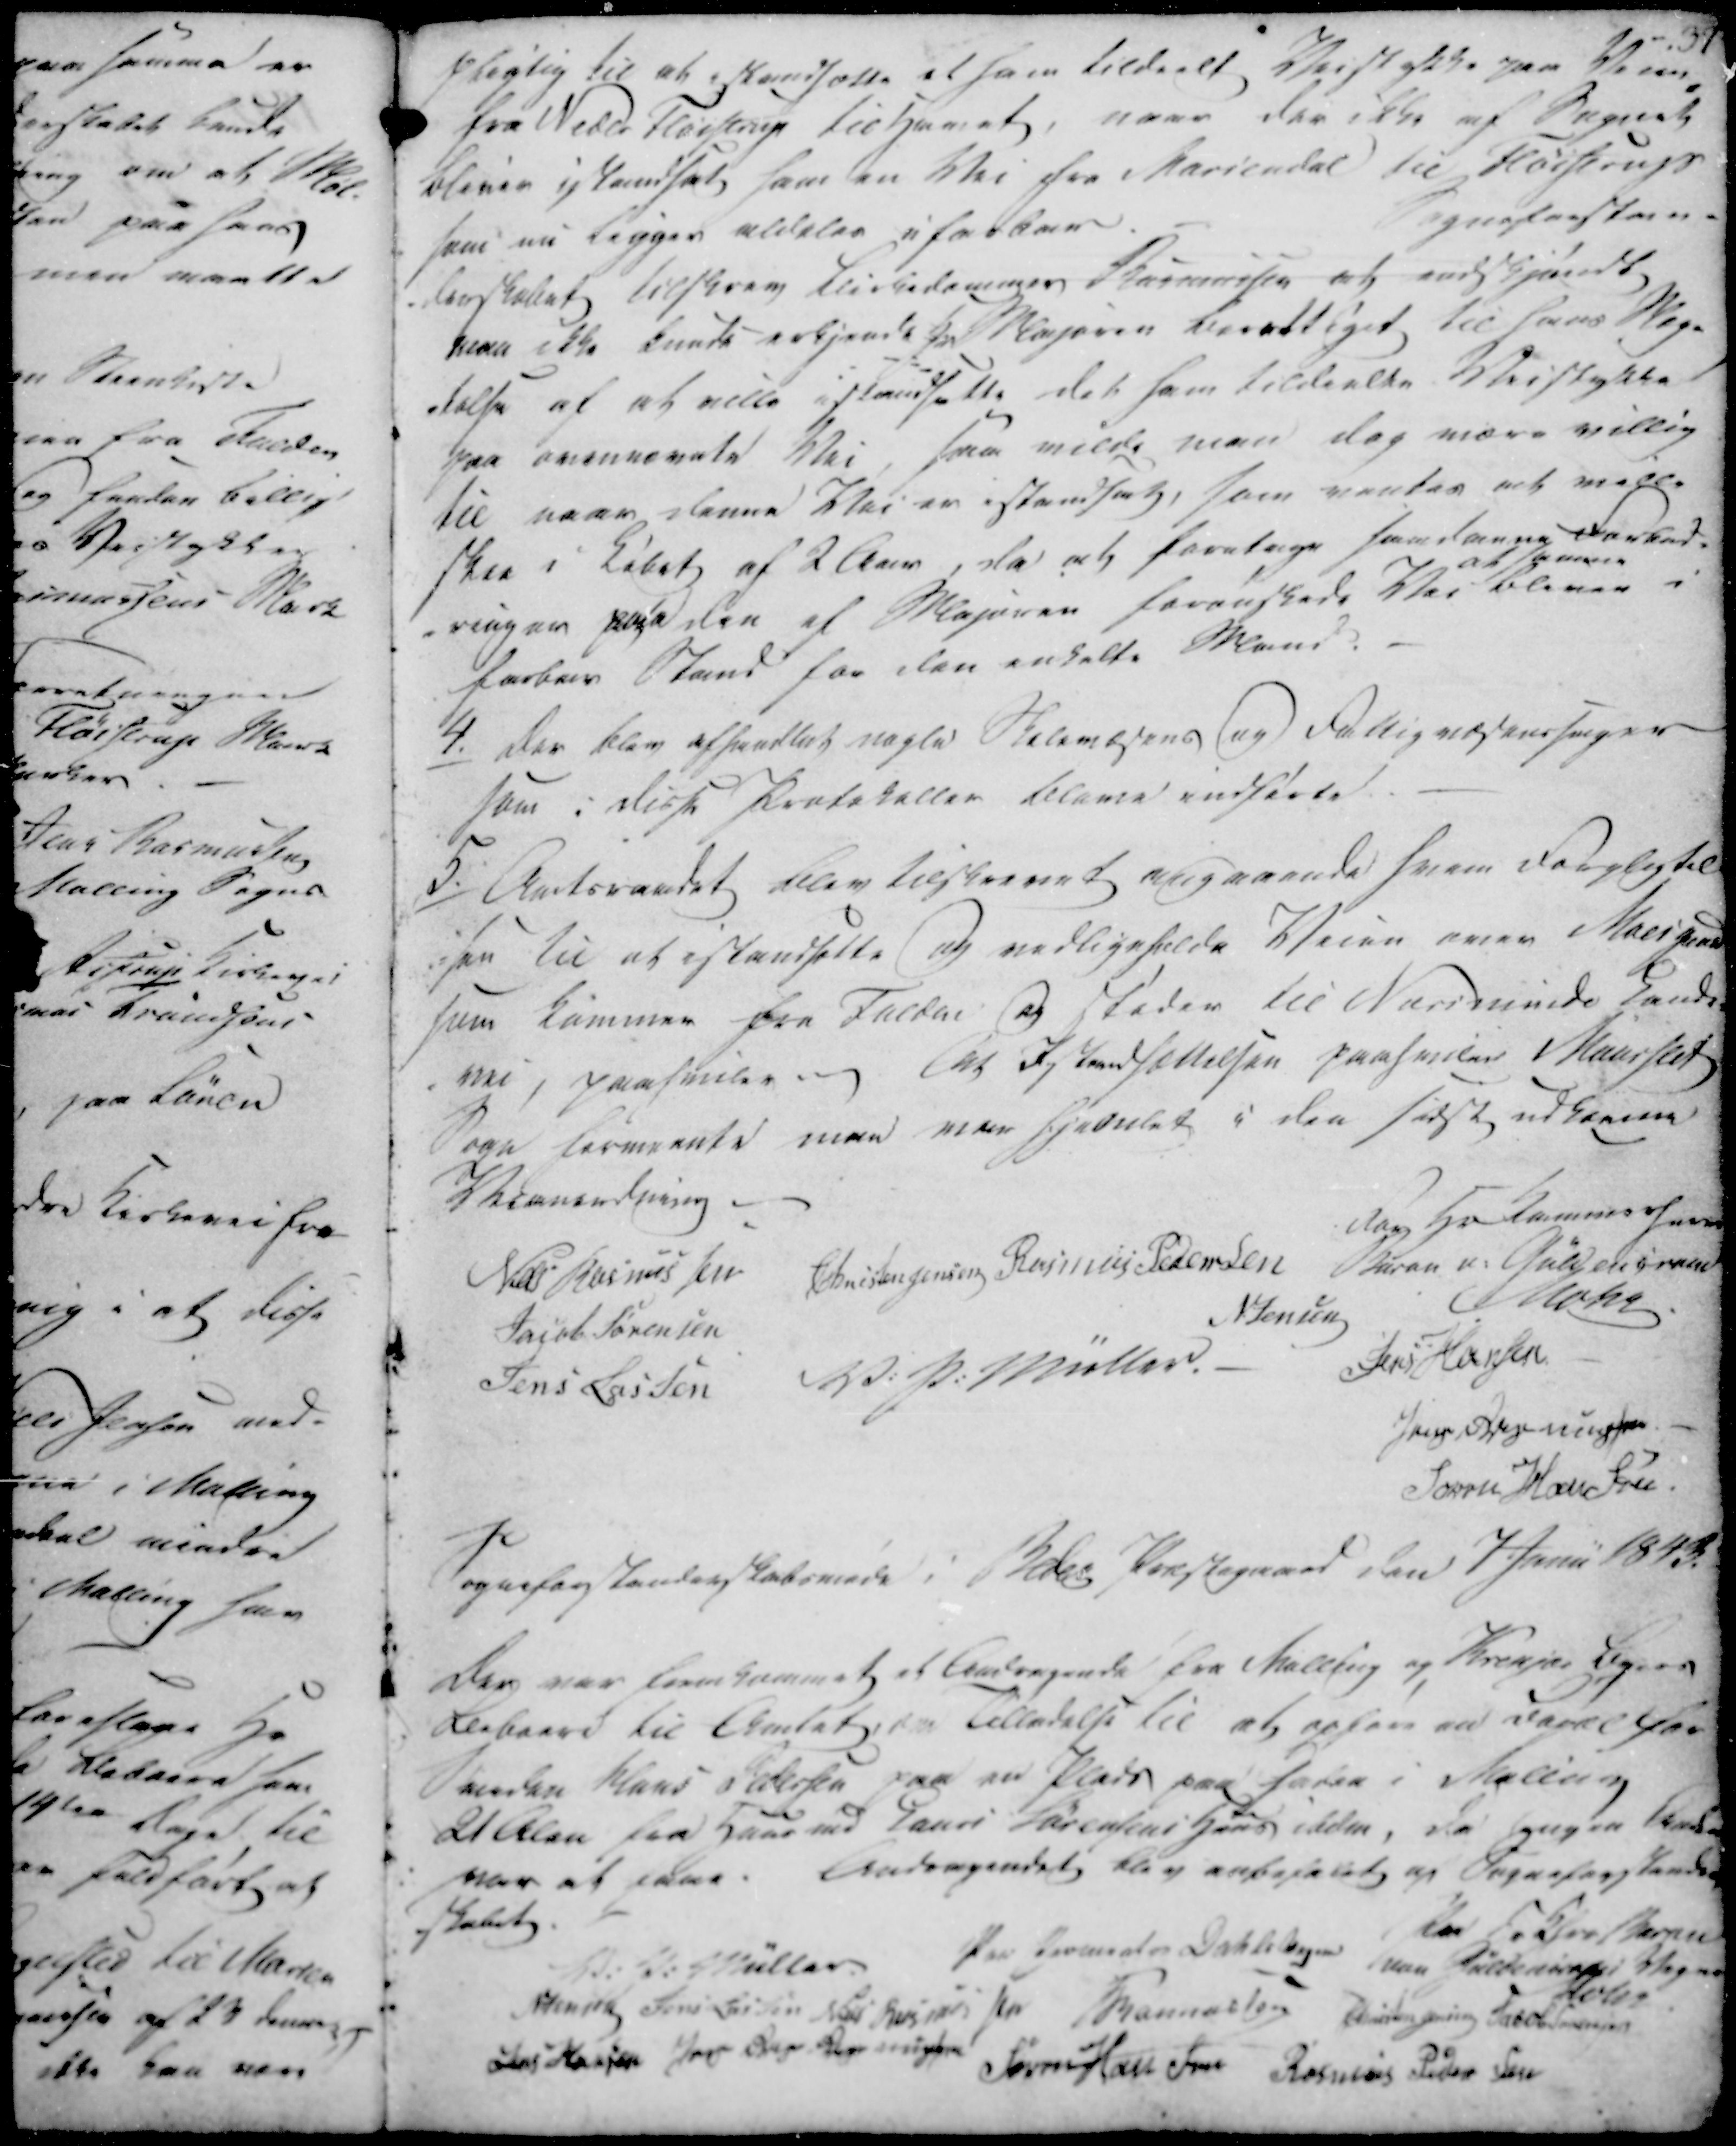
Transskription:
pligtig til at skamsætte et ham tildeelt Veistykke paa Veien,
fra Neder Fløistrup til Ham at, naar der ikke af Bagnek
bliver istandsat ham en Vei fra Mariendal til Fløistrups
som nu ligger aldeles ufarbar.
Sogneforstan-
-derskabet tilskrev Birkedommeren Rasmussen at endskjudt
naa ikke kunde erkjende Hr Majoren berettiget til hans Veg-
lalse af at ville istandsætte det ham tildeelte Veistykke
paa ovennævnte Vei, saa vilde man dog være villig
til naar denne Vei er istandsat, som ventes at ville
skee i Løbet af 2 Aar, da at foretage ham denne Farked-
ringen paa den af Majoren forønskede Vei at amene bleven i
farbar Stand for den enkelte Mand.

4.
Der blev afhandlet nogle Skolevæsens og Fattigvæsenssager
som i disse Protokoller bleve indførte.

5.
Amtsraadet blev tilskrevet angaaende hvem Forpligtel
-sen til at istandsætte og vedligeholde Veien over Moesgaard
som kommer fra Fulden og Støder til Norsminde Gaard-
vei, paahviler uj Oab Istandsættelsen paahviler Maarslet
Sogn Formaante man var Fjenlet i den sidst udbaarne
Vaanendning.
For Hr Kammerhern

Mohr.

Niels Rasmussen
Christen Jensen
Rasmus Pedersen
Jacob Sørensen
N Jensen
Jens Lassen
V. P. Müller.
Jens Hansen
Jens Rasmussen
Søren Hansen.

Sogneforstanderskabsmøde i Beder Præstegaard den 7 Juni 1843.

Der var forekommet et Andragende fra Malling og Krekjær Byer
Lebaare til Amtet om Tilladelse til at opføre en Bopæl for
Smeden Klaus Pedersen paa en Plads paa saden i Malling
21 Alen fra Huused Paus Sørensens Huus ikden, da yngen sand
var at faae.
Andragendet blev anbefalet af Sogneforstand-
skabet

For Fokjær Skeren
V. P. Müller
Par Kjermeden Dahlebogen
Ivan ? Vegne
Holer
Menng Jens Larsen
Niels Rasmus sen
Mannessen
Christen Jensen
Jacob Sørensen
Jens Hansen
Jens  Rasmussen
Søren Hansen
Rasmus Peder Sen